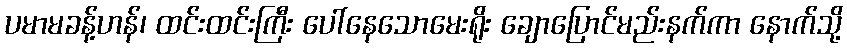
ပမာမခန့်ဟန်၊ ထင်းထင်းကြီး ပေါ်နေသောမေးရိုး ချောပြောင်မည်းနက်ကာ နောက်သို့